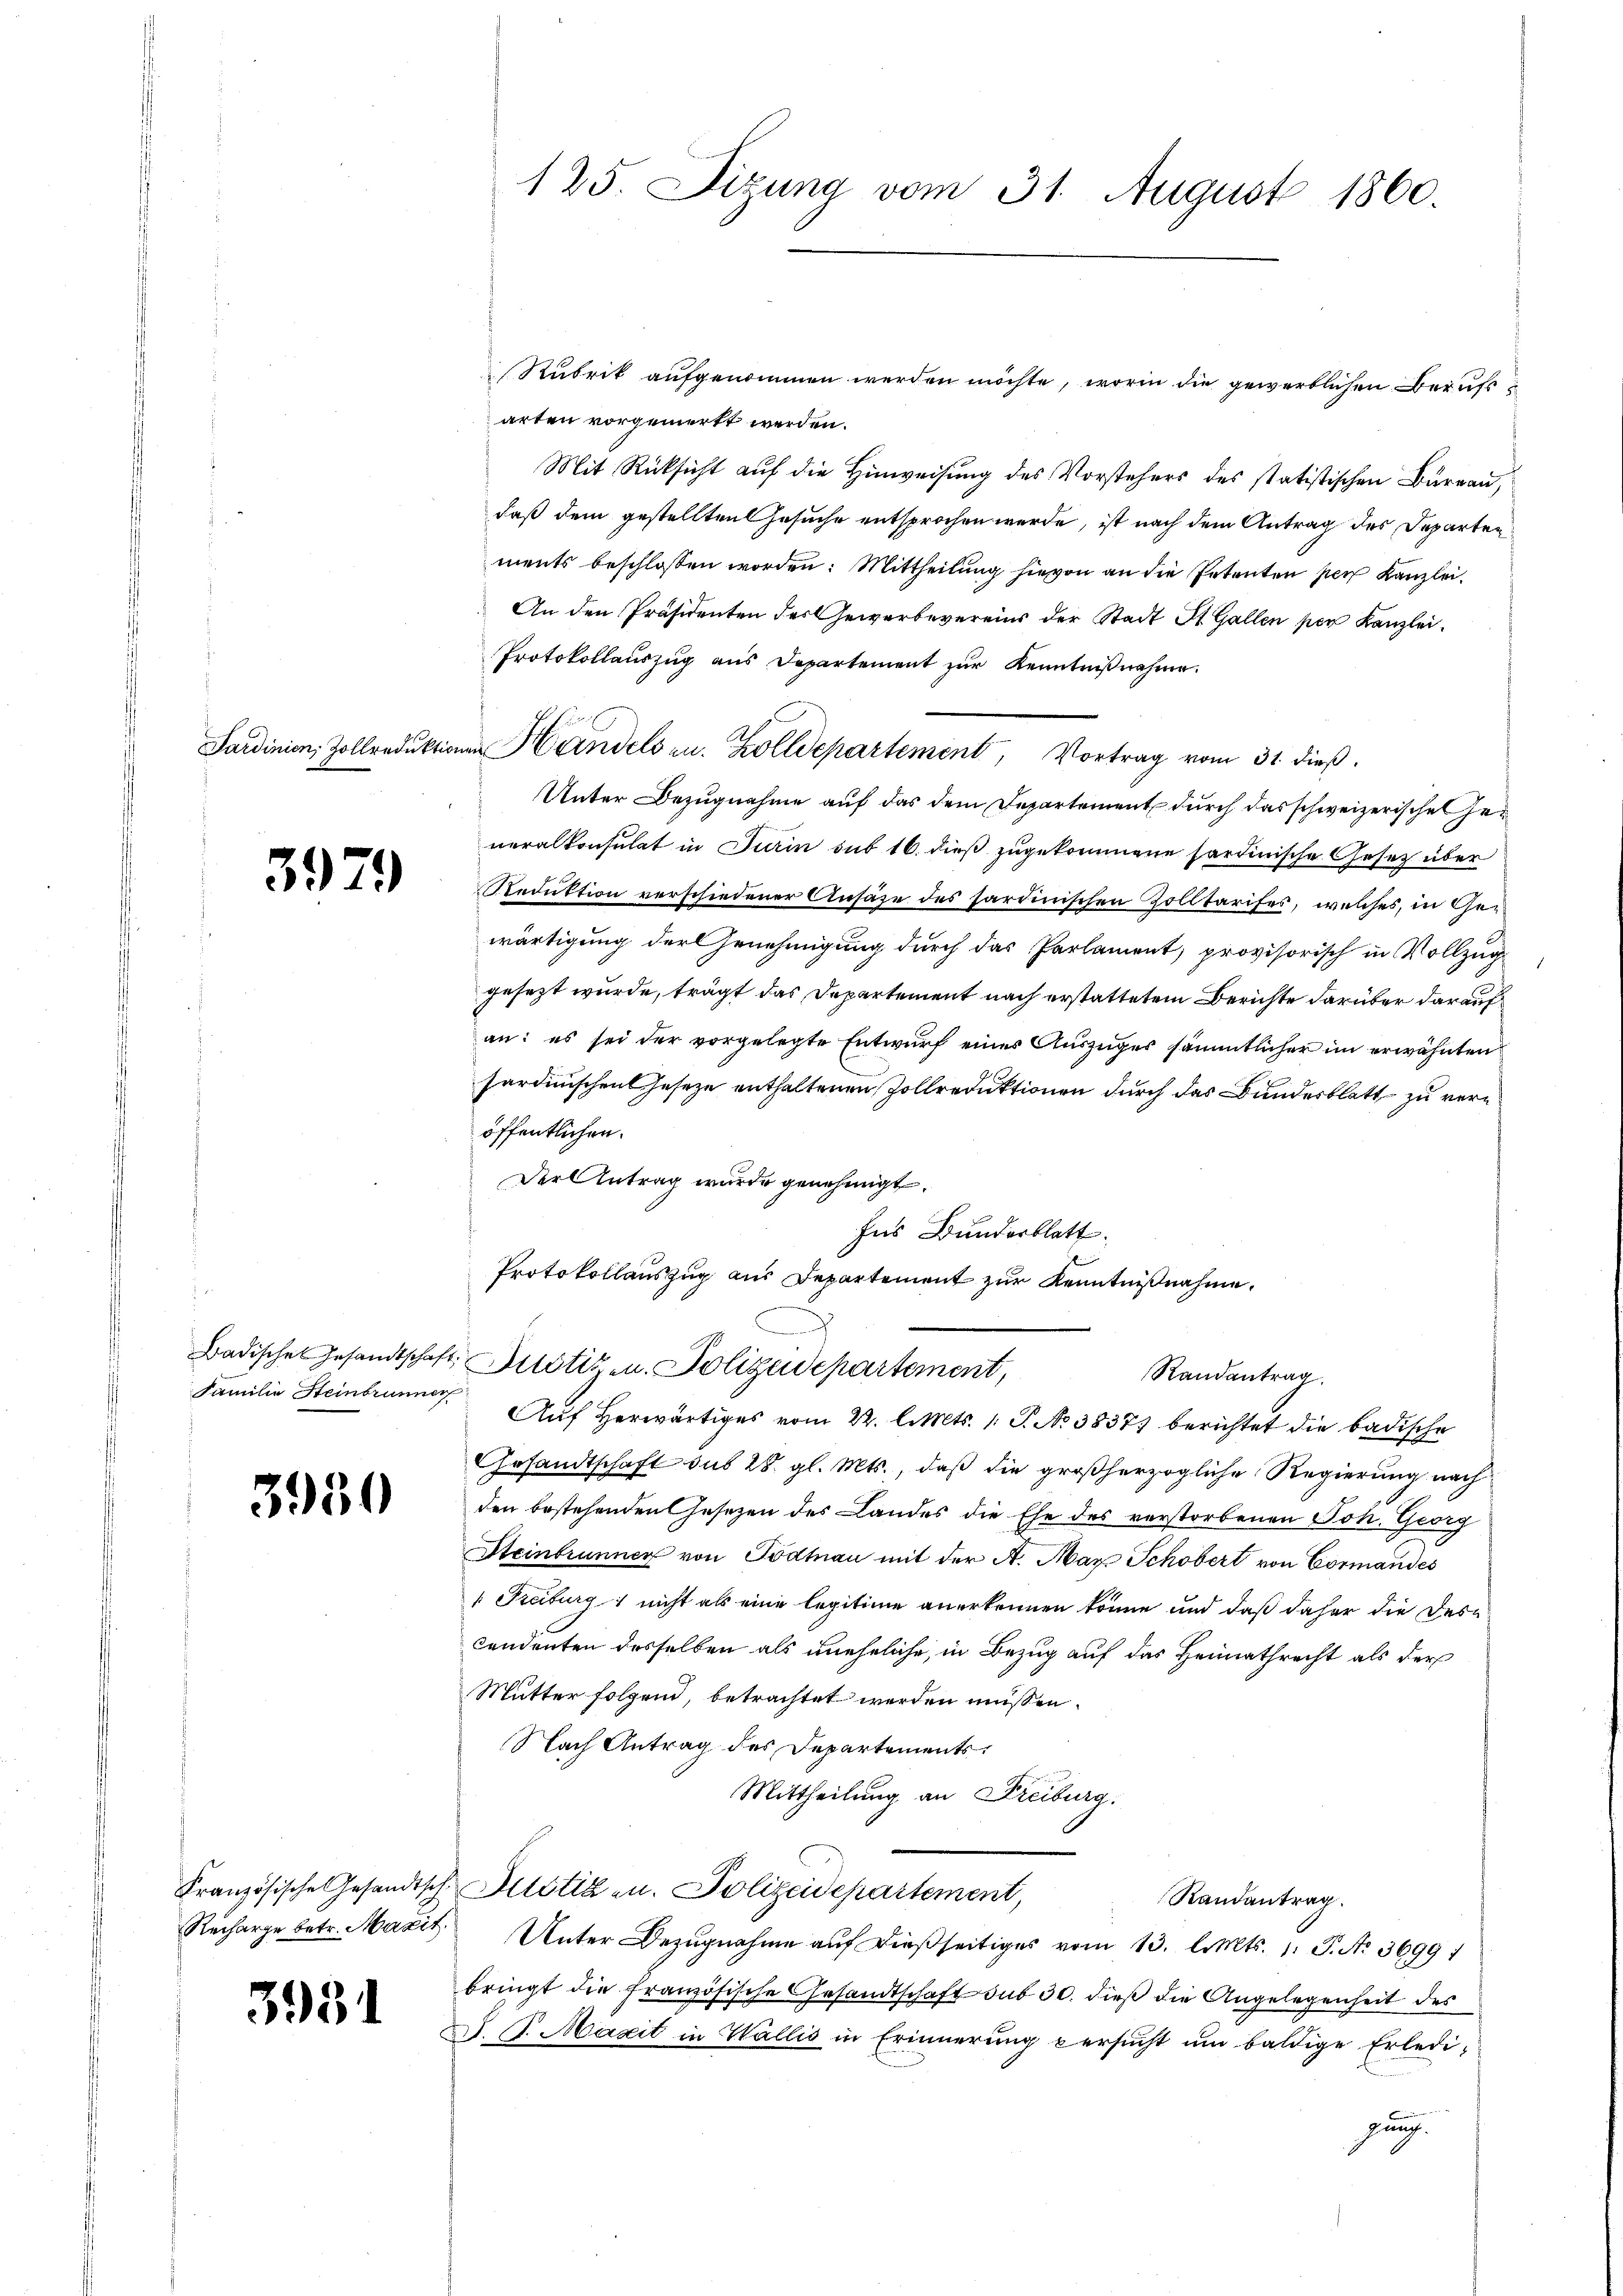
3979

Familie Steinbrunner

3930

3931

arten vorgemerkt werden.
Mit Rücksicht auf die Hinweisung des Vorstehers des statistischen Büreau,
daß dem gestellten Gesuche entsprochen werde, ist nach dem Antrag des Departen
ments beschlossen worden: Mittheilung hievon an die Petenten per Kanzlei.
An den Präsidenten des Gewerbevereins der Stadt St. Gallen per Kanzlei.
Protokollauszug aus Departement zur Kenntnißnahme.
Unter Bezugnahme auf das dem Departement durch das schweizerische Generalkonsulat in Turin sub 16. dieß zugekommene Sardinische Gesetz über
Reduktion verschiedener Ansähe des stardinischen Zolltarifes, welches, in Gewärtigung der Genehmigung durch das Parlament, provisorisch in Vollzuggesezt wurde, trägt das Departement nach erstattetem Berichte darüber darauf
an: es sei der vorgelegte Entwurf eines Auszuges sämmtlicher im erwähnten
sardinischen Geseze enthaltenen Zollreduktionen durch das Bundesblatt zu veröffentlichen.
Der Antrag wurde genehmigt.
Ins Bunderblatt.
Protokollauszug aus Departement zur Kenntnißnahme.
Badische Gesandtschaft Potizen. Polizeidepartement,
Randantrag.
Auf Herwärtiges vom 22. l. Mts. 1. P. No 3837) berichtet die badische
Gesandtschaft sub 28. gl. Mts., daß die großherzogliche Regierung nach
den bestehenden Gesetzen des Landes die Ehe des verstorbenen Joh. Georg
Steinbrunner von Todtnau mit der A. Max Schöbert von Cormandes
" Freiburg nicht als eine legitime anerkennen könne und daß daher die Des-
cendenten desselben als uneheliche, in Bezug auf das Heimathrecht als der
Mutter folgend, betrachtet werden müssen.
Nach Antrag des Departements
Mittheilung an Freiburg.
Französische Gesandtsch. Allotizen. Polizeidepartement,
Randantrag.
Recharge betr. Maxit Unter Bezŭgnahme aŭf dießseitiges vom 13. l. Mts. 1. P. Nr. 3699 1
bringt die französische Gesandtschaft sub 30. dieß die Angelegenheit der
D. S. Maxit in Wallis in Erinnerung versucht um baldige Erledigung.

125. Sizung vom 31. August 1860.

Sardinien, Zollreduktionen Handels zu. Zolldepartement, Vortrag vom 31. dieß.

Rubrik aufgenommen werden möchte, worin die gewerblichen Berufe¬